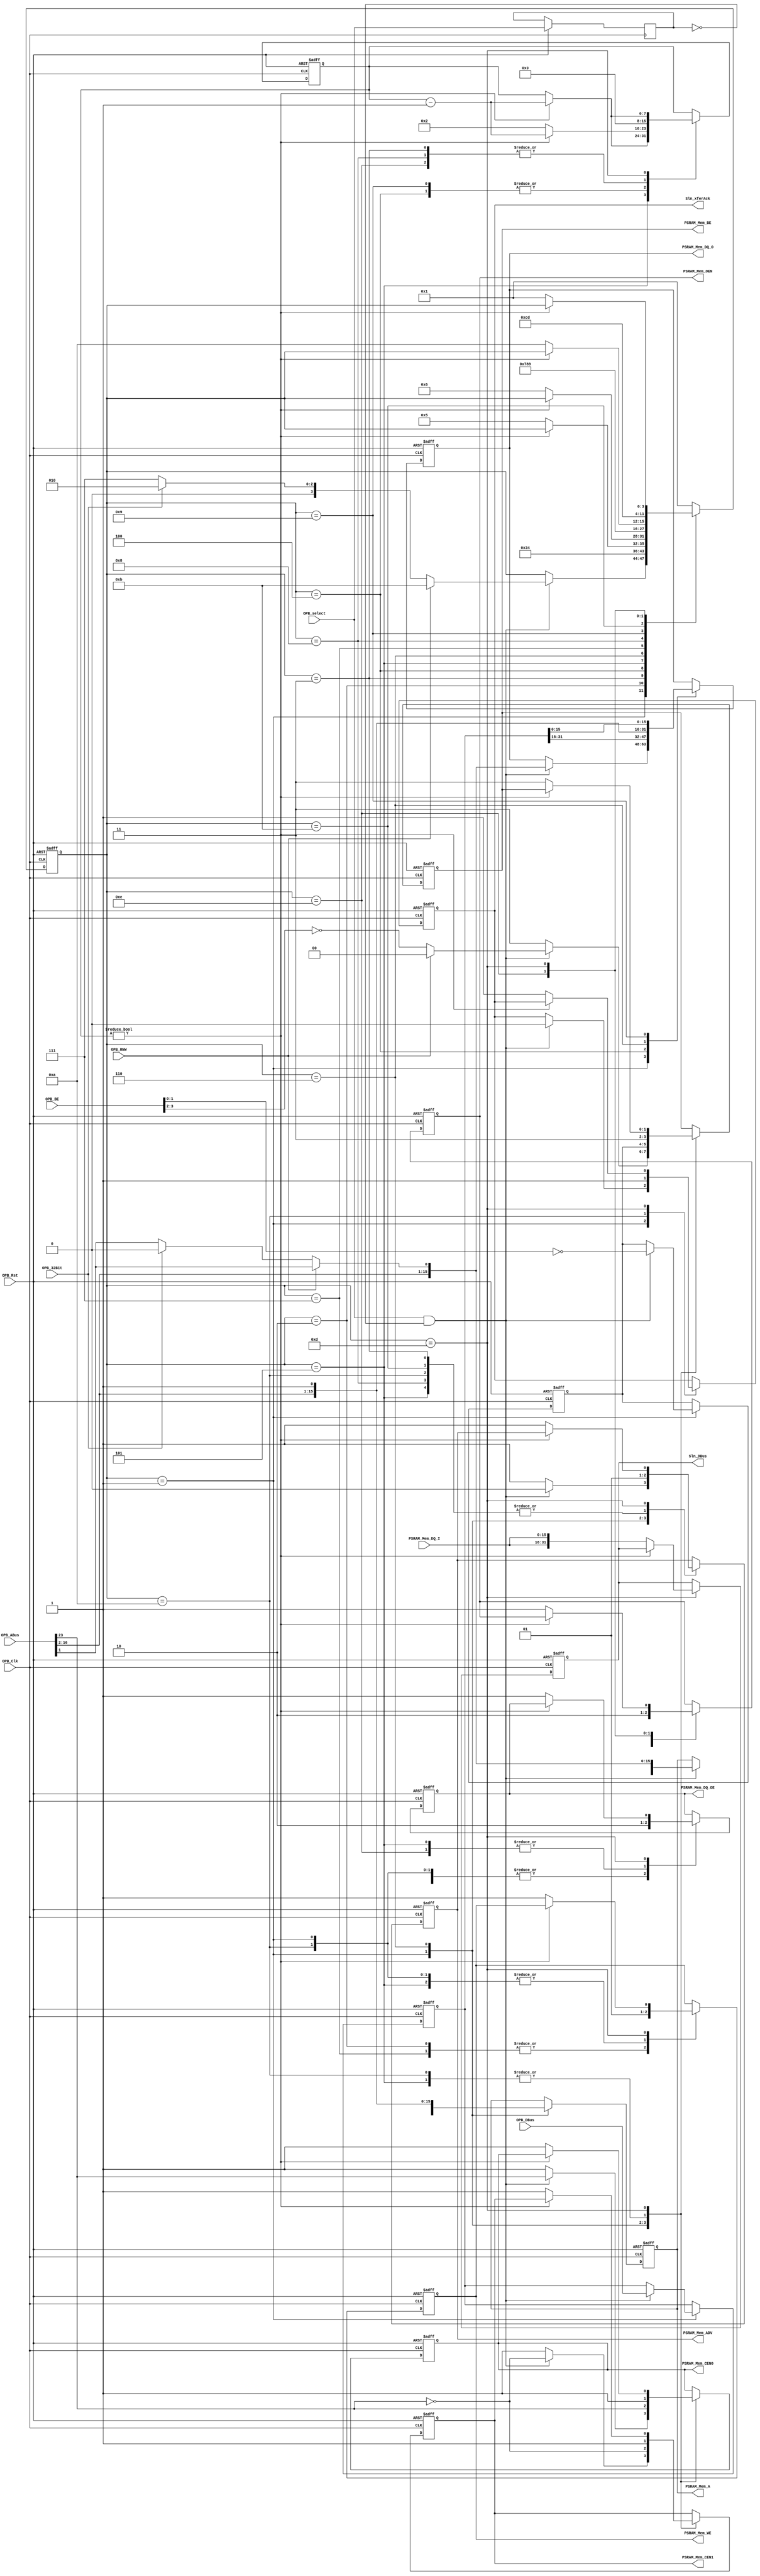
/****************************************************************************************
	
	CRAM Ram Controller - (Async system)
	
	Created by: Mazamars312
	
	Free of use - please feel free to use at your own and create :-)
	
	This controls the following
	
	32 bit writes
	16bit reads for each request
	
	ToDo: Add 32 bit reads

*****************************************************************************************/

module psram_controller (
    input [23:0]			OPB_ABus,
    input [3:0]			OPB_BE,
    input 					OPB_Clk,
    input [31:0]			OPB_DBus,
	 input					OPB_32Bit,
    input 					OPB_RNW,
    input 					OPB_Rst,
    input 					OPB_select,
    output reg [31:0]	Sln_DBus,
    output reg 			Sln_xferAck,

    input [15:0]			PSRAM_Mem_DQ_I,
    output reg [15:0] 	PSRAM_Mem_DQ_O,
    output reg 			PSRAM_Mem_DQ_OE,
    output reg [21:0]	PSRAM_Mem_A,
    output reg [1:0]		PSRAM_Mem_BE,
    output reg 			PSRAM_Mem_WE,
    output reg 			PSRAM_Mem_OEN,
    output reg 			PSRAM_Mem_CEN0,
	 output reg 			PSRAM_Mem_CEN1,
    output reg 			PSRAM_Mem_ADV
);
parameter		HIGH					=	1'b1,
					LOW					=	1'b0;
				

parameter		idle					=	'd1,

					wr_write_s_msb		=	'd2,
					wr_wait_msb			=	'd3,
               wr_write_d_msb		=	'd4,
					wr_complete_msb	=	'd5,
					
					wr_address_lsb		=	'd6,
					wr_write_s_lsb		=	'd7,
					wr_wait_lsb			=	'd8,
               wr_write_d_lsb		=	'd9,
					wr_complete_lsb	=	'd10,
					
               rd_read_s_lsb		=	'd11,
               rd_wait_s_lsb		=	'd12,
               rd_complete_s_lsb	=	'd13;


	reg	[3:0]	cram_status;
	
								
	reg [7:0]	cnt;
	reg [31:0]	write_data;
	reg [1:0]	write_be;
	reg [15:0]	read_data;
	reg			OPB_select_reg_1, OPB_select_reg_2;
	
	always @(posedge OPB_Clk or negedge OPB_Rst) begin
		if (~OPB_Rst) begin 
			PSRAM_Mem_DQ_O		<= 15'b0;
			PSRAM_Mem_DQ_OE	<= HIGH;
			PSRAM_Mem_A			<= 22'h0;
			PSRAM_Mem_BE		<= 2'b11;
			PSRAM_Mem_WE		<= HIGH;
			PSRAM_Mem_OEN		<= HIGH;
			PSRAM_Mem_CEN0		<= HIGH;
			PSRAM_Mem_CEN1		<= HIGH;
			PSRAM_Mem_ADV		<= HIGH;
			Sln_DBus				<= 32'h0;
			Sln_xferAck			<= LOW;
			cnt					<= 8'd0;
			write_data			<= 32'h0;
			cram_status			<= idle;
			read_data			<= 16'b0;
			write_be				<= 4'b1111;
		end
		else begin
			OPB_select_reg_1 <= OPB_select;
			OPB_select_reg_2 <= OPB_select_reg_1;
			
			case (cram_status)
				idle : begin 
					// this will help keep the CRAM not going into sleep mode
					PSRAM_Mem_ADV 			<= HIGH;
					PSRAM_Mem_DQ_OE 		<= HIGH;
					PSRAM_Mem_BE			<= 2'b11;
					PSRAM_Mem_CEN0 		<= HIGH;
					PSRAM_Mem_CEN1 		<= HIGH;
					PSRAM_Mem_OEN			<= HIGH;
					PSRAM_Mem_WE			<= HIGH;
					
					if (OPB_select == HIGH && OPB_select_reg_1 == LOW) begin // We want the HIGH change of the clock and sync it
						Sln_xferAck			<= LOW;
						PSRAM_Mem_ADV 		<= LOW;
						PSRAM_Mem_CEN0 	<=  OPB_ABus[23];
						PSRAM_Mem_CEN1 	<= ~OPB_ABus[23];
						write_data        <= OPB_DBus;
						write_be          <= ~OPB_BE[1:0];
						
						if (OPB_RNW == LOW) begin 
							PSRAM_Mem_A   		<=  OPB_32Bit ? {OPB_ABus[22:2], 1'b0} : OPB_ABus[22:1]; // This is so we can do the 16bit writes
							PSRAM_Mem_DQ_O  	<=  OPB_32Bit ? {OPB_ABus[16:2], 1'b0} : OPB_ABus[22:1];
							cram_status       <=  OPB_32Bit ? wr_write_s_msb : wr_write_s_lsb;				// drop to the last write stage
							PSRAM_Mem_BE		<= ~OPB_BE[3:2];
						end
						
						else begin 
							PSRAM_Mem_A   		<= OPB_ABus[22:1];
							PSRAM_Mem_DQ_O  	<= OPB_ABus[16:1];
							PSRAM_Mem_WE  		<= HIGH;
							PSRAM_Mem_BE  		<= 2'b00;
							cram_status       <= rd_read_s_lsb;
						end
					end
				end 
				
				// Write Core
					wr_write_s_msb	: begin
						PSRAM_Mem_WE  		<= LOW;
						cram_status			<= wr_wait_msb;
					end
					wr_wait_msb	: begin
						PSRAM_Mem_ADV 		<= HIGH;
						cram_status			<= wr_write_d_msb;
						cnt 					<= 8'h3;
					end
               wr_write_d_msb	: begin
						PSRAM_Mem_DQ_O		<= write_data[31:16];
						if (cnt != 8'h0) cnt <= cnt - 8'h1;
						else begin	
							cram_status <= wr_complete_msb;
							cnt			<= 8'h2;
						end
					end
					wr_complete_msb	: begin
						PSRAM_Mem_ADV 			<= HIGH;
						PSRAM_Mem_DQ_OE 		<= LOW;
						PSRAM_Mem_BE			<= 2'b11;
						PSRAM_Mem_CEN0 		<= HIGH;
						PSRAM_Mem_CEN1 		<= HIGH;
						PSRAM_Mem_OEN			<= HIGH;
						PSRAM_Mem_WE			<= HIGH;
						if (cnt != 8'h0) cnt <= cnt - 8'h1;
						else cram_status <= wr_address_lsb;
					end
					
					wr_address_lsb	: begin
						PSRAM_Mem_A   		<= {OPB_ABus[22:2], 1'b1};
						PSRAM_Mem_DQ_O  	<= {OPB_ABus[16:2], 1'b1};
						cram_status       <= wr_write_s_lsb;
						PSRAM_Mem_BE		<= write_be;
						PSRAM_Mem_DQ_OE	<= HIGH;
						PSRAM_Mem_ADV 		<= LOW;
						PSRAM_Mem_CEN0 	<=  OPB_ABus[23];
						PSRAM_Mem_CEN1 	<= ~OPB_ABus[23];
					end
					wr_write_s_lsb	: begin
						PSRAM_Mem_WE  		<= LOW;
						cram_status			<= wr_wait_lsb;
					end
					wr_wait_lsb	: begin
						PSRAM_Mem_ADV 		<= HIGH;
						cram_status			<= wr_write_d_lsb;
						cnt 					<= 8'h3;
					end
               wr_write_d_lsb	: begin
						PSRAM_Mem_DQ_O		<= write_data[15: 0];
						if (cnt != 8'h0) cnt <= cnt - 8'h1;
						else begin	
							cram_status <= wr_complete_lsb;
							cnt			<= 8'h2;
						end
					end
					wr_complete_lsb	: begin
						PSRAM_Mem_ADV 			<= HIGH;
						PSRAM_Mem_DQ_OE 		<= HIGH;
						PSRAM_Mem_BE			<= 2'b11;
						PSRAM_Mem_CEN0 		<= HIGH;
						PSRAM_Mem_CEN1 		<= HIGH;
						PSRAM_Mem_OEN			<= HIGH;
						PSRAM_Mem_WE			<= HIGH;
						Sln_xferAck				<= HIGH;
						cram_status				<= idle;
					end
				
				
				// Read Core
				
					rd_read_s_lsb : begin
						PSRAM_Mem_ADV 			<= HIGH;
						cram_status				<= rd_wait_s_lsb;
					end
					rd_wait_s_lsb : begin
						PSRAM_Mem_OEN			<= LOW;
						cnt						<= 8'h3;
						PSRAM_Mem_DQ_OE 		<= LOW;
						cram_status				<= rd_complete_s_lsb;
					end
					rd_complete_s_lsb : begin
						if (cnt != 8'h0) begin
							cnt <= cnt - 1;
						end
						else begin
							Sln_DBus					<= {2{PSRAM_Mem_DQ_I}};
							PSRAM_Mem_ADV 			<= HIGH;
							PSRAM_Mem_DQ_OE 		<= HIGH;
							PSRAM_Mem_BE			<= 2'b11;
							PSRAM_Mem_CEN0 		<= HIGH;
							PSRAM_Mem_CEN1 		<= HIGH;
							PSRAM_Mem_OEN			<= HIGH;
							PSRAM_Mem_WE			<= HIGH;
							cram_status				<= idle;
							Sln_xferAck				<= HIGH;
						end
					end

				
				
				default : begin
					cram_status     <= idle;
				end
			endcase
		end
	end
endmodule